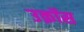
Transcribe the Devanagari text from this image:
उक्रॉस